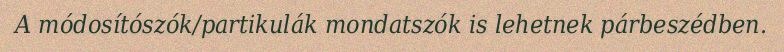
A módosítószók/partikulák mondatszók is lehetnek párbeszédben.